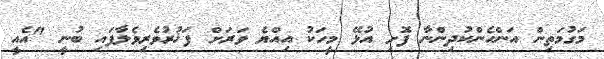
މަގުމަތިން އަންހެންކުދިންނާ ފޮށި އުޅޭ މީހަކު އިއްޔެ ވަރަށް ފަޚުރުވެރިވެލާފައި ބުނީ "އެއީ